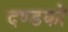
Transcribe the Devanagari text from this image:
दण्डकों